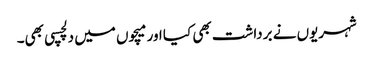
شہریوں نے برداشت بھی کیا اور میچوں میں دلچسپی بھی۔